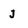
Character: J